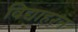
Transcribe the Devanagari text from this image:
विद्याहरन